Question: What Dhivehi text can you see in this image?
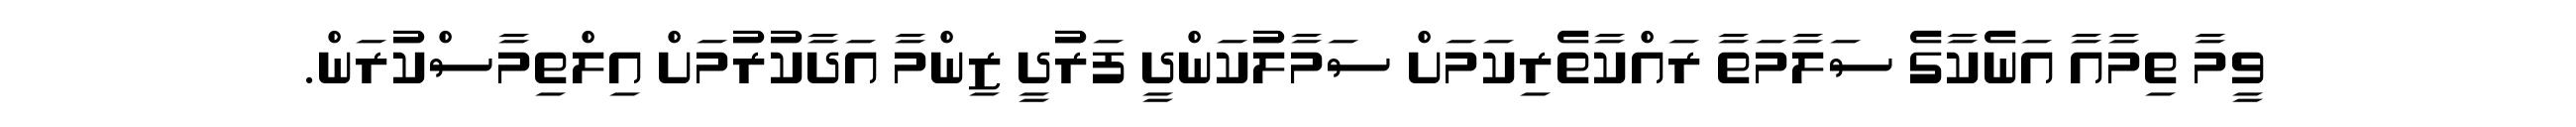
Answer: ވީމާ ތިމާއާ އަނެކާގެ ސަލާމަތާ ރައްކާތެރިކަމަށް ސަމާލުކަންދީ ފަރުދީ ޒިންމާ އަދާކުރުމަށް އިލްތިމާސްކުރަން.